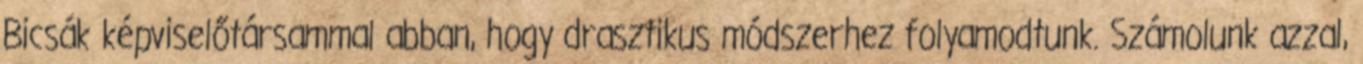
Bicsák képviselőtársammal abban, hogy drasztikus módszerhez folyamodtunk. Számolunk azzal,